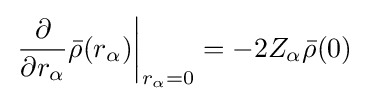
\left.{\frac {\partial }{\partial r_{\alpha }}}{\bar {\rho }}(r_{\alpha })\right|_{r_{\alpha }=0}=-2Z_{\alpha }{\bar {\rho }}(0)